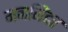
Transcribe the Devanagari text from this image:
मनजिंदर